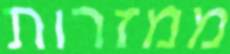
ממזרות